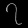
Digit: ၇